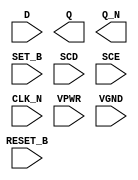
module sky130_fd_sc_hs__sdfbbn (
    //# {{data|Data Signals}}
    input  D      ,
    output Q      ,
    output Q_N    ,

    //# {{control|Control Signals}}
    input  RESET_B,
    input  SET_B  ,

    //# {{scanchain|Scan Chain}}
    input  SCD    ,
    input  SCE    ,

    //# {{clocks|Clocking}}
    input  CLK_N  ,

    //# {{power|Power}}
    input  VPWR   ,
    input  VGND
);
endmodule